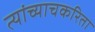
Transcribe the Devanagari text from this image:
त्यांच्याचकरिता